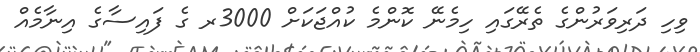
ވިހި ދަރިވަރުންގެ ތެރޭގައި ހިމެނޭ ކޮންމެ ކުއްޖަކަށް 3000ރ ގެ ފައިސާގެ އިނާމެއް